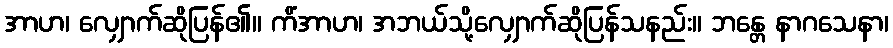
အာဟ၊ လျှောက်ဆိုပြန်၏။ ကိံအာဟ၊ အဘယ်သို့လျှောက်ဆိုပြန်သနည်း။ ဘန္တေ နာဂသေနာ၊